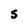
Character: S